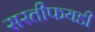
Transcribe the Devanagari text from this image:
सरतीफयडी